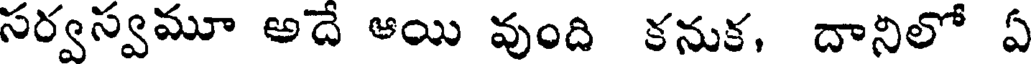
సర్వస్వమూ అదే ఆయి వుంది కనుక, దానిలో ఏ